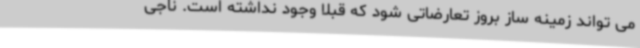
می تواند زمینه ساز بروز تعارضاتی شود که قبلا وجود نداشته است. ناجی